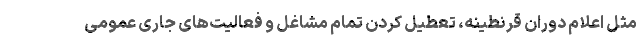
مثل اعلام دوران قرنطینه، تعطیل کردن تمام مشاغل و فعالیت‌های جاری عمومی